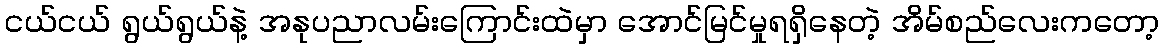
ငယ်ငယ် ရွယ်ရွယ်နဲ့ အနုပညာလမ်းကြောင်းထဲမှာ အောင်မြင်မှုရရှိနေတဲ့ အိမ်စည်လေးကတော့